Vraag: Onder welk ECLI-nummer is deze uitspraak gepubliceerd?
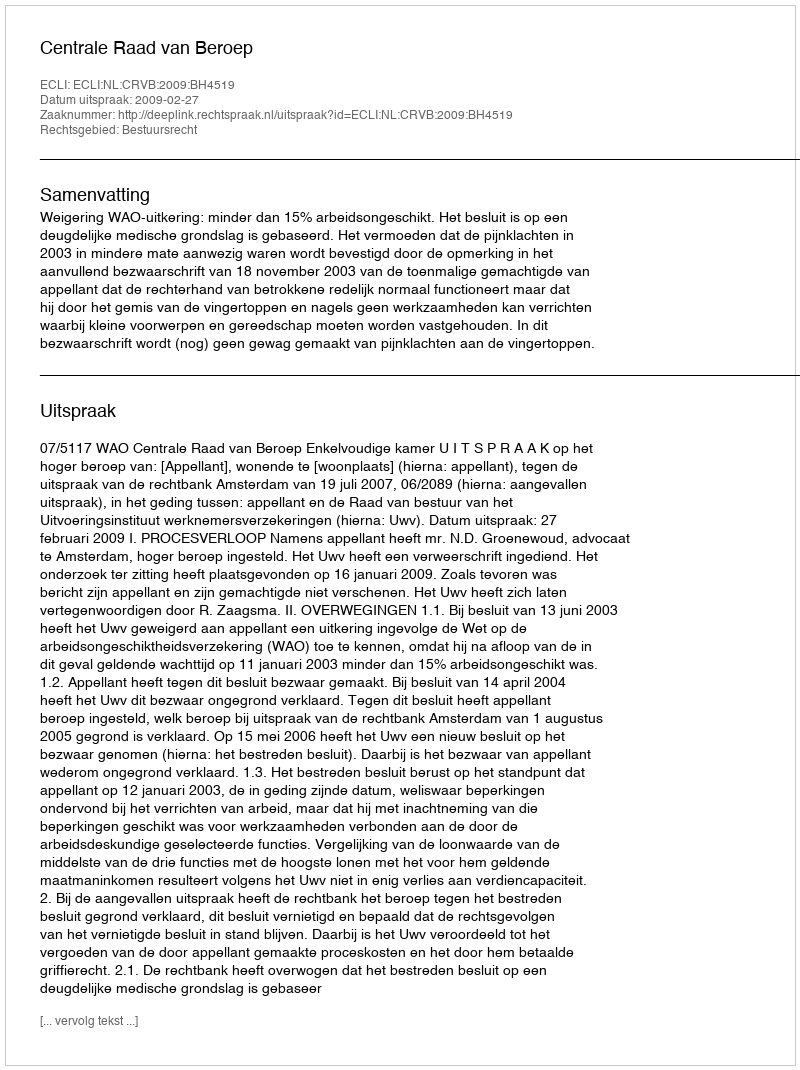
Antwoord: ECLI:NL:CRVB:2009:BH4519